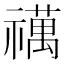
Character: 𥜍